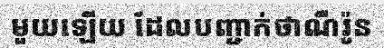
មួយឡើយ ដែលបញ្ជាក់ថាណឺរ៉ូន